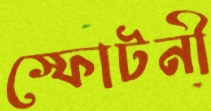
স্ফোটনী